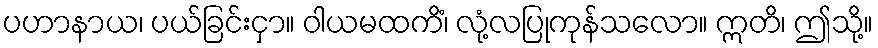
ပဟာနာယ၊ ပယ်ခြင်းငှာ။ ဝါယမထကိံ၊ လုံ့လပြုကုန်သလော။ ဣတိ၊ ဤသို့။